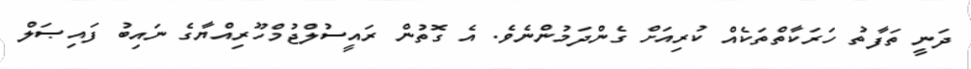
ދަނީ ތަފާތު ހަރަކާތްތަކެއް ކުރިއަށް ގެންދަމުންނެވެ. އެ ގޮތުން ރައީސުލްޖުމްހޫރިއްޔާގެ ނައިބު ފައިޞަލް